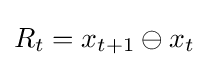
R_{t}=x_{t+1}\ominus x_{t}